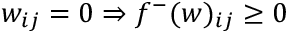
w _ { i j } = 0 \Rightarrow f ^ { - } ( w ) _ { i j } \geq 0